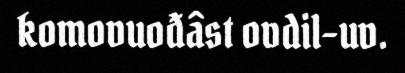
komovuođâst ovdil-uv.